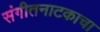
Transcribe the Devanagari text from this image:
संगीतनाटकाचा